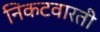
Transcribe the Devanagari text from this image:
निकटवारती